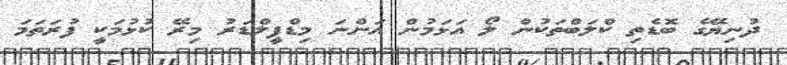
ދުނިޔޭގެ ބޮޑެތި ކްލަބްތަކުން ލޯ އަޅަމުން އަންނަ މިޑްފީލްޑަރު މިރޭ ކުޅުމަކީ ފުރަތަމަ